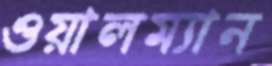
ওয়ালম্যান